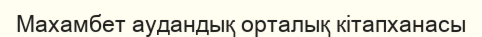
Махамбет аудандық орталық кітапханасы